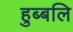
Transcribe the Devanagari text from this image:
हुब्बलि